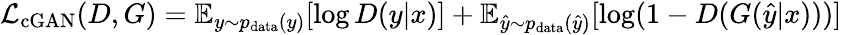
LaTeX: \mathcal{L}_{\mathrm{cGAN}}(D,G)=\mathbb{E}_{y\sim p_{\mathrm{data}}(y)}[\log D(y|x)]+\mathbb{E}_{\hat{y}\sim p_{\mathrm{data}}(\hat{y})}[\log(1-D(G(\hat{y}|x)))]